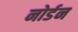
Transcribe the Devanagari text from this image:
नोर्डन